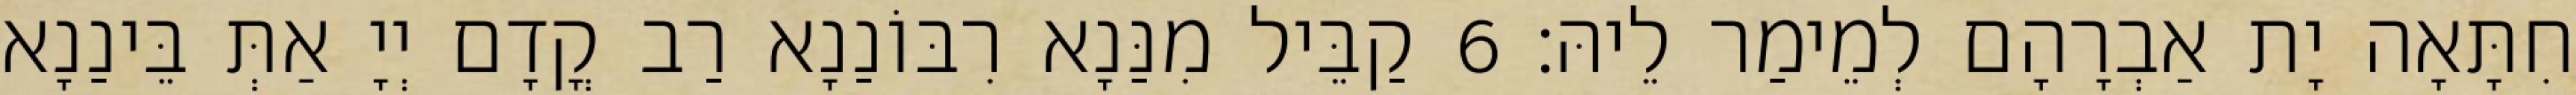
חִתָּאָה יָת אַבְרָהָם לְמֵימַר לֵיהּ׃ 6 קַבֵּיל מִנַּנָא רִבּוֹנַנָא רַב קֳדָם יְיָ אַתְּ בֵּינַנָא